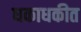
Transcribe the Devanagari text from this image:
धकाधकीत